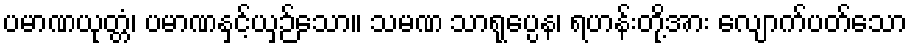
ပမာဏယုတ္တံ၊ ပမာဏနှင့်ယှဉ်သော။ သမဏ သာရုပ္ပေန၊ ရဟန်းတို့အား လျောက်ပတ်သော